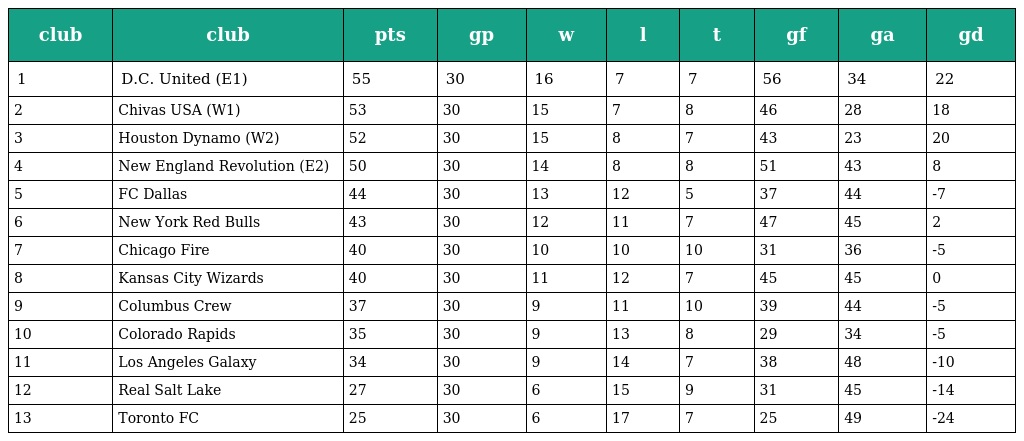
| club | club | pts | gp | w | l | t | gf | ga | gd |
 | --- | --- | --- | --- | --- | --- | --- | --- | --- | --- |
 | 1 | D.C. United (E1) | 55 | 30 | 16 | 7 | 7 | 56 | 34 | 22 |
 | 2 | Chivas USA (W1) | 53 | 30 | 15 | 7 | 8 | 46 | 28 | 18 |
 | 3 | Houston Dynamo (W2) | 52 | 30 | 15 | 8 | 7 | 43 | 23 | 20 |
 | 4 | New England Revolution (E2) | 50 | 30 | 14 | 8 | 8 | 51 | 43 | 8 |
 | 5 | FC Dallas | 44 | 30 | 13 | 12 | 5 | 37 | 44 | -7 |
 | 6 | New York Red Bulls | 43 | 30 | 12 | 11 | 7 | 47 | 45 | 2 |
 | 7 | Chicago Fire | 40 | 30 | 10 | 10 | 10 | 31 | 36 | -5 |
 | 8 | Kansas City Wizards | 40 | 30 | 11 | 12 | 7 | 45 | 45 | 0 |
 | 9 | Columbus Crew | 37 | 30 | 9 | 11 | 10 | 39 | 44 | -5 |
 | 10 | Colorado Rapids | 35 | 30 | 9 | 13 | 8 | 29 | 34 | -5 |
 | 11 | Los Angeles Galaxy | 34 | 30 | 9 | 14 | 7 | 38 | 48 | -10 |
 | 12 | Real Salt Lake | 27 | 30 | 6 | 15 | 9 | 31 | 45 | -14 |
 | 13 | Toronto FC | 25 | 30 | 6 | 17 | 7 | 25 | 49 | -24 |